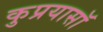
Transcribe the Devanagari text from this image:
कुप्रयासॉ